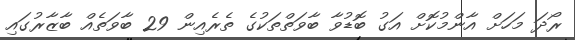
ރޯދަ މަހަށް އާންމުކޮށް އަގު ބޮޑުވާ ބާވަތްތަކުގެ ތެރެއިން 29 ބާވަތެއް ބާޒާރުގައި